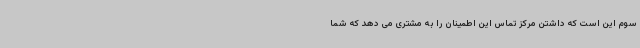
سوم این است که داشتن مرکز تماس این اطمینان را به مشتری می دهد که شما